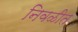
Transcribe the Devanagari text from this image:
निवळीत